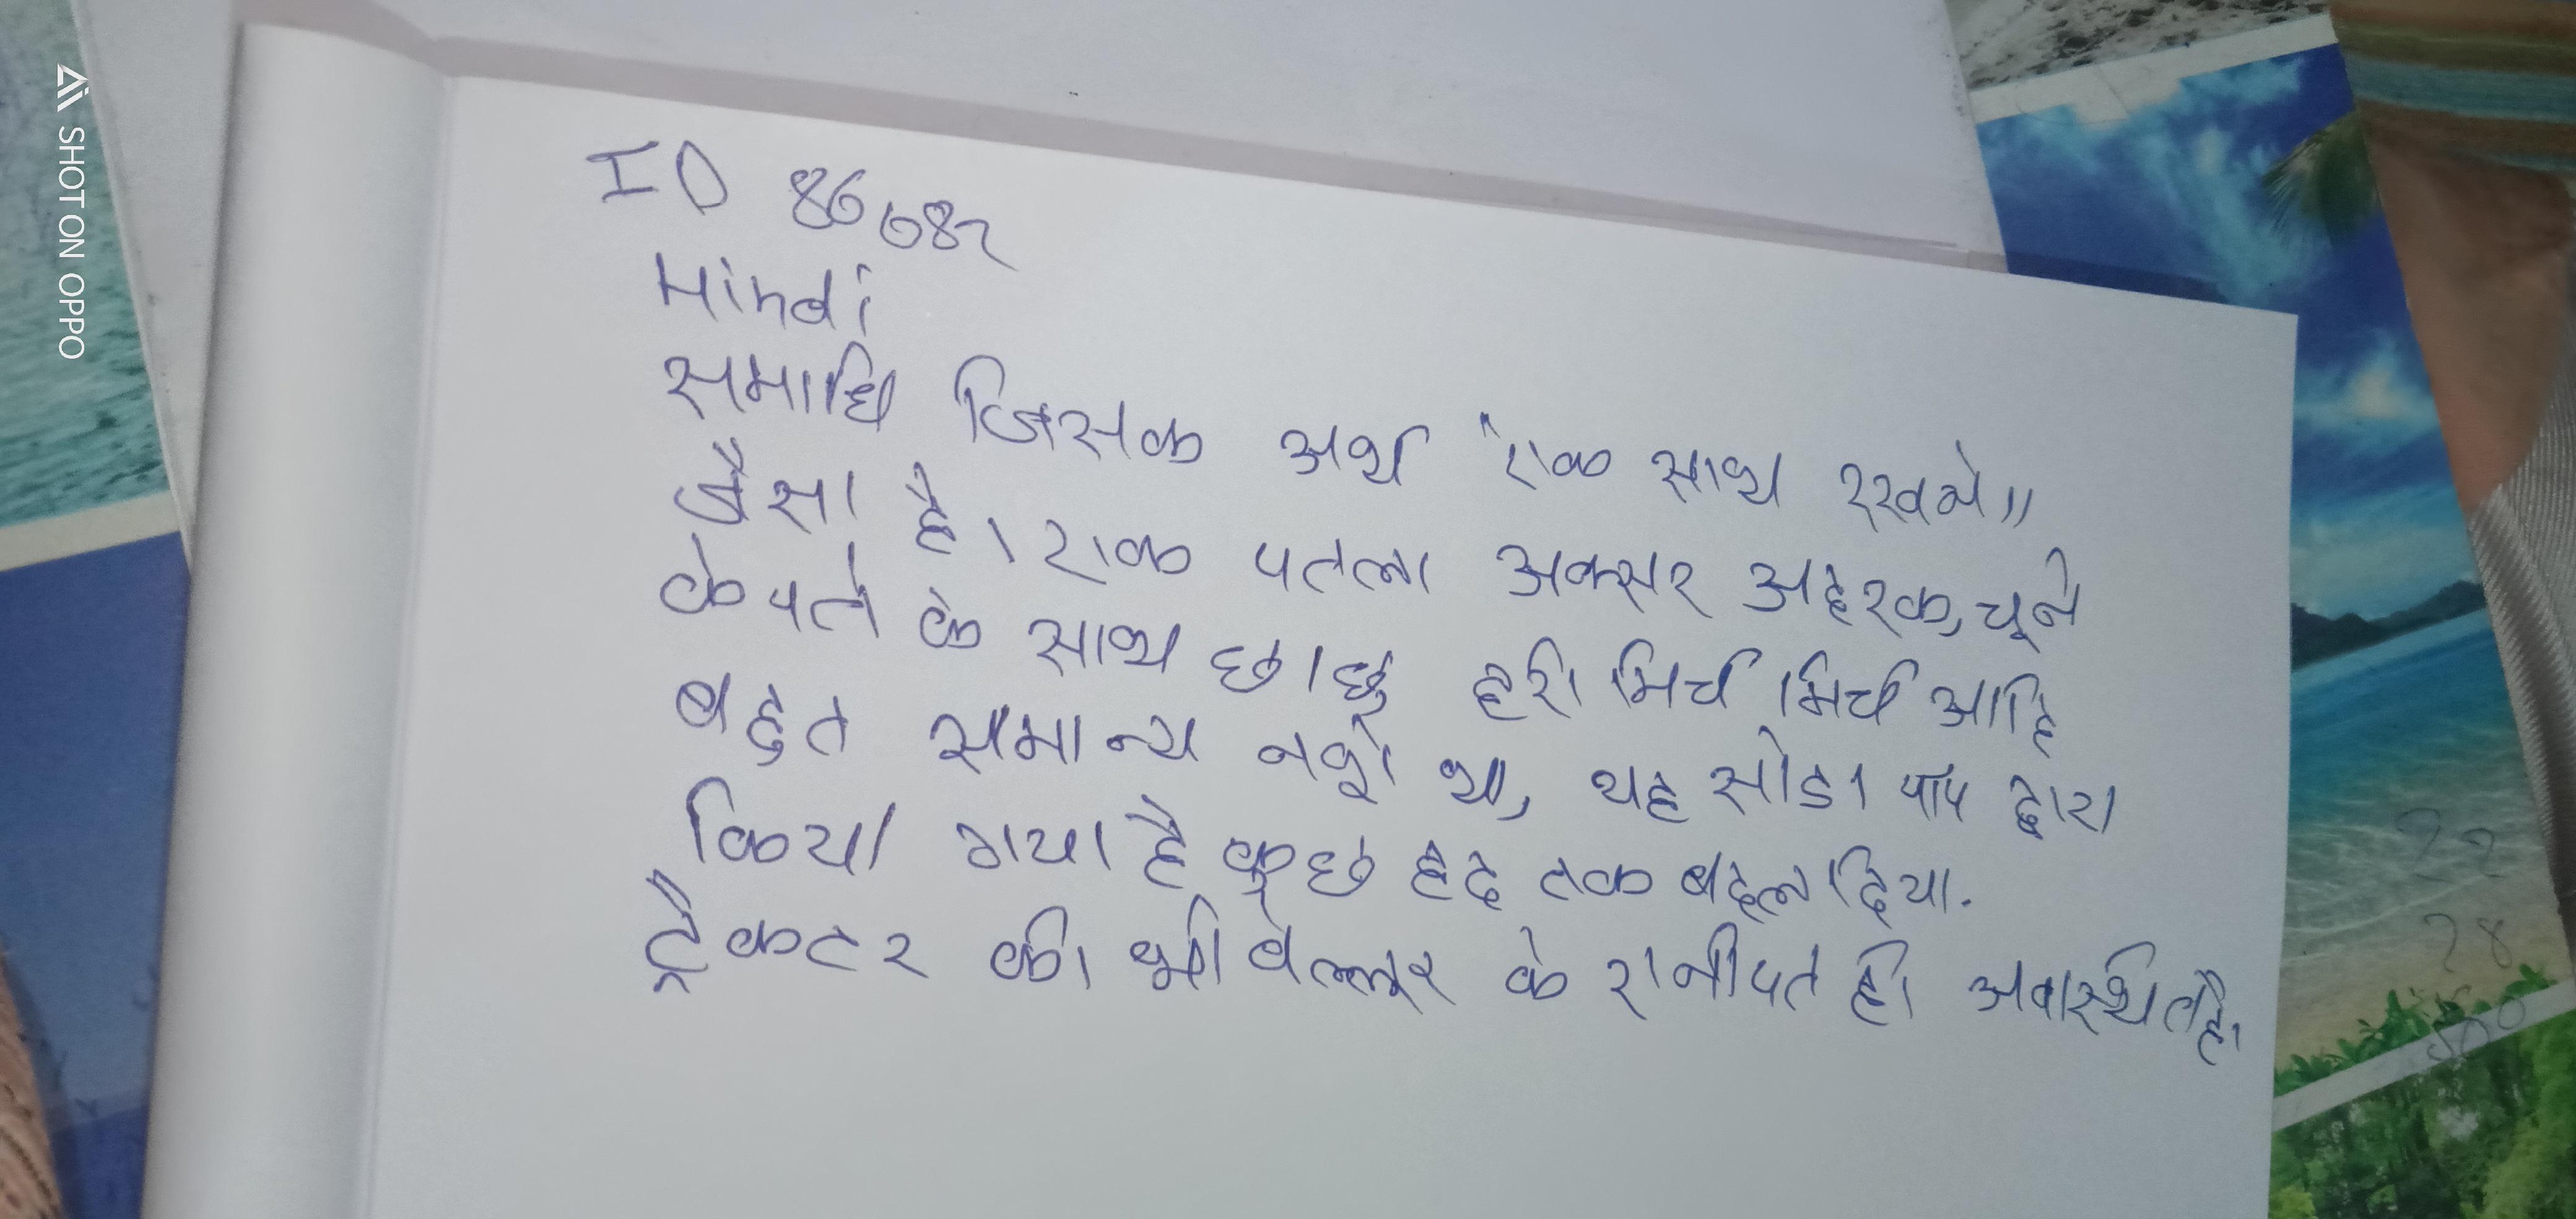
समाधि जिसका अर्थ "एक साथ रखने" जैसा है । एक पतला अक्सर अदरक, चूने के पत्ते के साथ छाछ, हरी मिर्च मिर्च आदि बहुत सामान्य नशे था, यह सोडा पॉप द्वारा किया गया है कुछ हद तक बदल दिया . ट्रैक्टर की भी वेल्लूर के रानीपत ही अवस्थित है ।